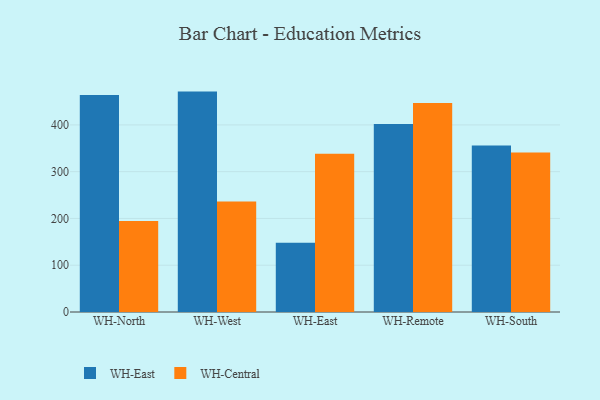
{"axis": {"x": "Warehouse", "y": "Churn Rate (%)"}, "legend": ["WH-Central", "WH-East"], "data": [{"x": "WH-North", "y": 463.8, "type": "WH-East"}, {"x": "WH-North", "y": 194.4, "type": "WH-Central"}, {"x": "WH-West", "y": 471.2, "type": "WH-East"}, {"x": "WH-West", "y": 236.3, "type": "WH-Central"}, {"x": "WH-East", "y": 148.3, "type": "WH-East"}, {"x": "WH-East", "y": 338.2, "type": "WH-Central"}, {"x": "WH-Remote", "y": 402.1, "type": "WH-East"}, {"x": "WH-Remote", "y": 446.6, "type": "WH-Central"}, {"x": "WH-South", "y": 356.0, "type": "WH-East"}, {"x": "WH-South", "y": 341.1, "type": "WH-Central"}]}